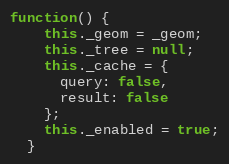
Language: JavaScript
function() {
    this._geom = _geom;
    this._tree = null;
    this._cache = {
      query: false,
      result: false
    };
    this._enabled = true;
  }